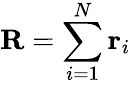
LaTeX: \mathbf{R}=\sum_{i=1}^{N}\mathbf{r}_{i}